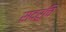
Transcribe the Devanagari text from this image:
सदरूचि